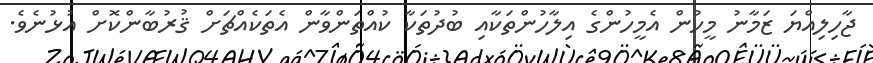
ޖާހިލިއްޔަ ޒަމާނު މީހުން އެމީހުންގެ އިލާހުންތަކާއި ބުދުތަކާ ކުއްތަންވާން އެތަކެއްޗަށް ޤުރުބާންކޮށް އުޅުނެވެ.